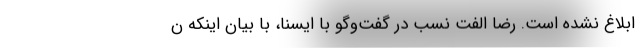
ابلاغ نشده است. رضا الفت نسب در گفت‌وگو با ایسنا، با بیان اینکه ن